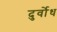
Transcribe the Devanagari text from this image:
दुर्वोध